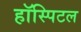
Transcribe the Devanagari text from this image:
हॉस्पिटल